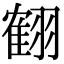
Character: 𦑱